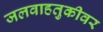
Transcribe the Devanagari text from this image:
जलवाहतुकीवर